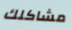
مشاكلك